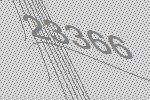
23366